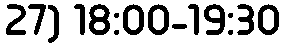
27) 18:00-19:30